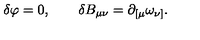
\delta \varphi = 0 , \quad \quad \delta B _ { \mu \nu } = \partial _ { [ \mu } \omega _ { \nu ] } .